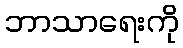
ဘာသာရေးကို